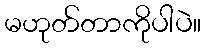
မဟုတ်တာကိုပါပဲ။